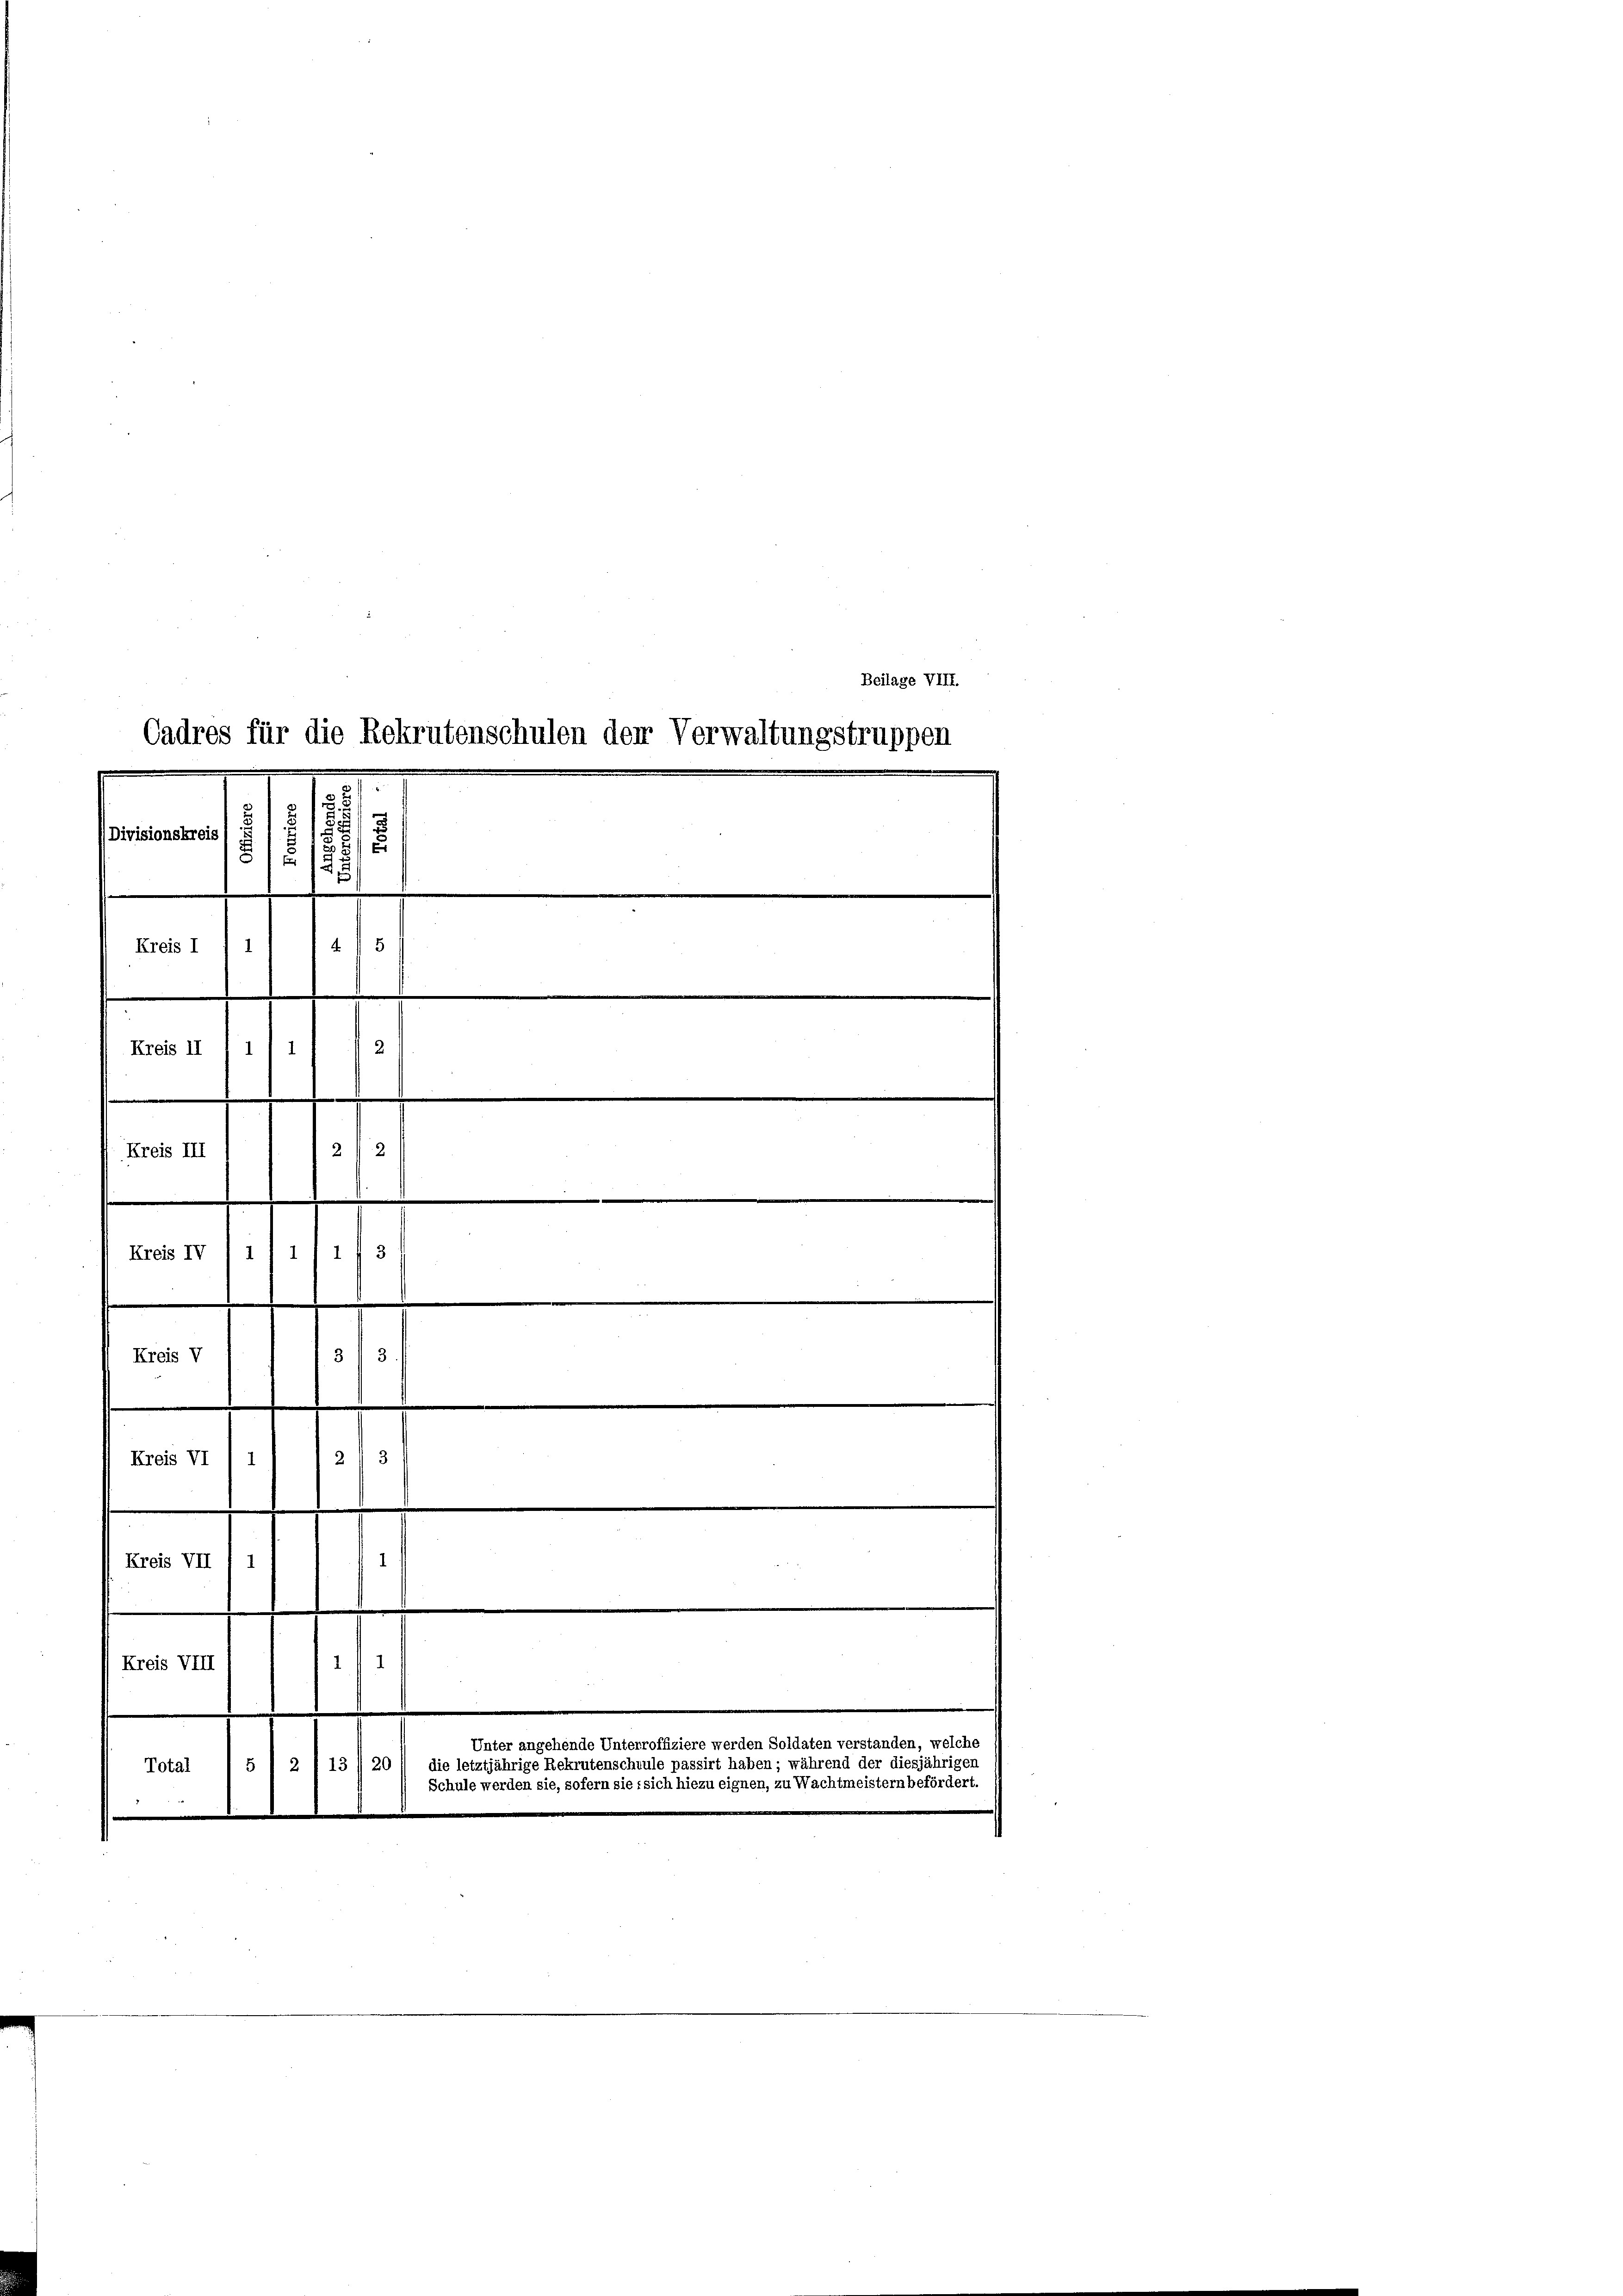
Cadres für die Rekrutenschulen der Verwaltungstruppen
1
Divisionskreis
5
1

Kreis I
Kreis II /11 1
Kreis III
i
.
Kreis IV
1
Kreis V
33.
Kreis VI / 1
2 " 3
1
Kreis VII 1 1
.
Kreis VIII 1
5
Total
e
n

5
1
2
2/2

.
.

Unter angehende Unterroffiziere werden Soldaten verstanden,
2 f 13 /20 11 die letztjährige Rekrutenscheule passirt haben; während der diesjährigen
Schule werden sie, sofern sie sich hiezu eignen, zu Wachtmeistern befördert.

Beilage VIII.